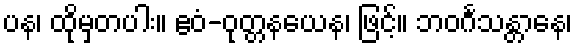
ပန၊ ထိုမှတပါး။ ဧဝံ-ဝုတ္တနယေန၊ ဖြင့်။ ဘဝင်္ဂသန္တာနေ၊